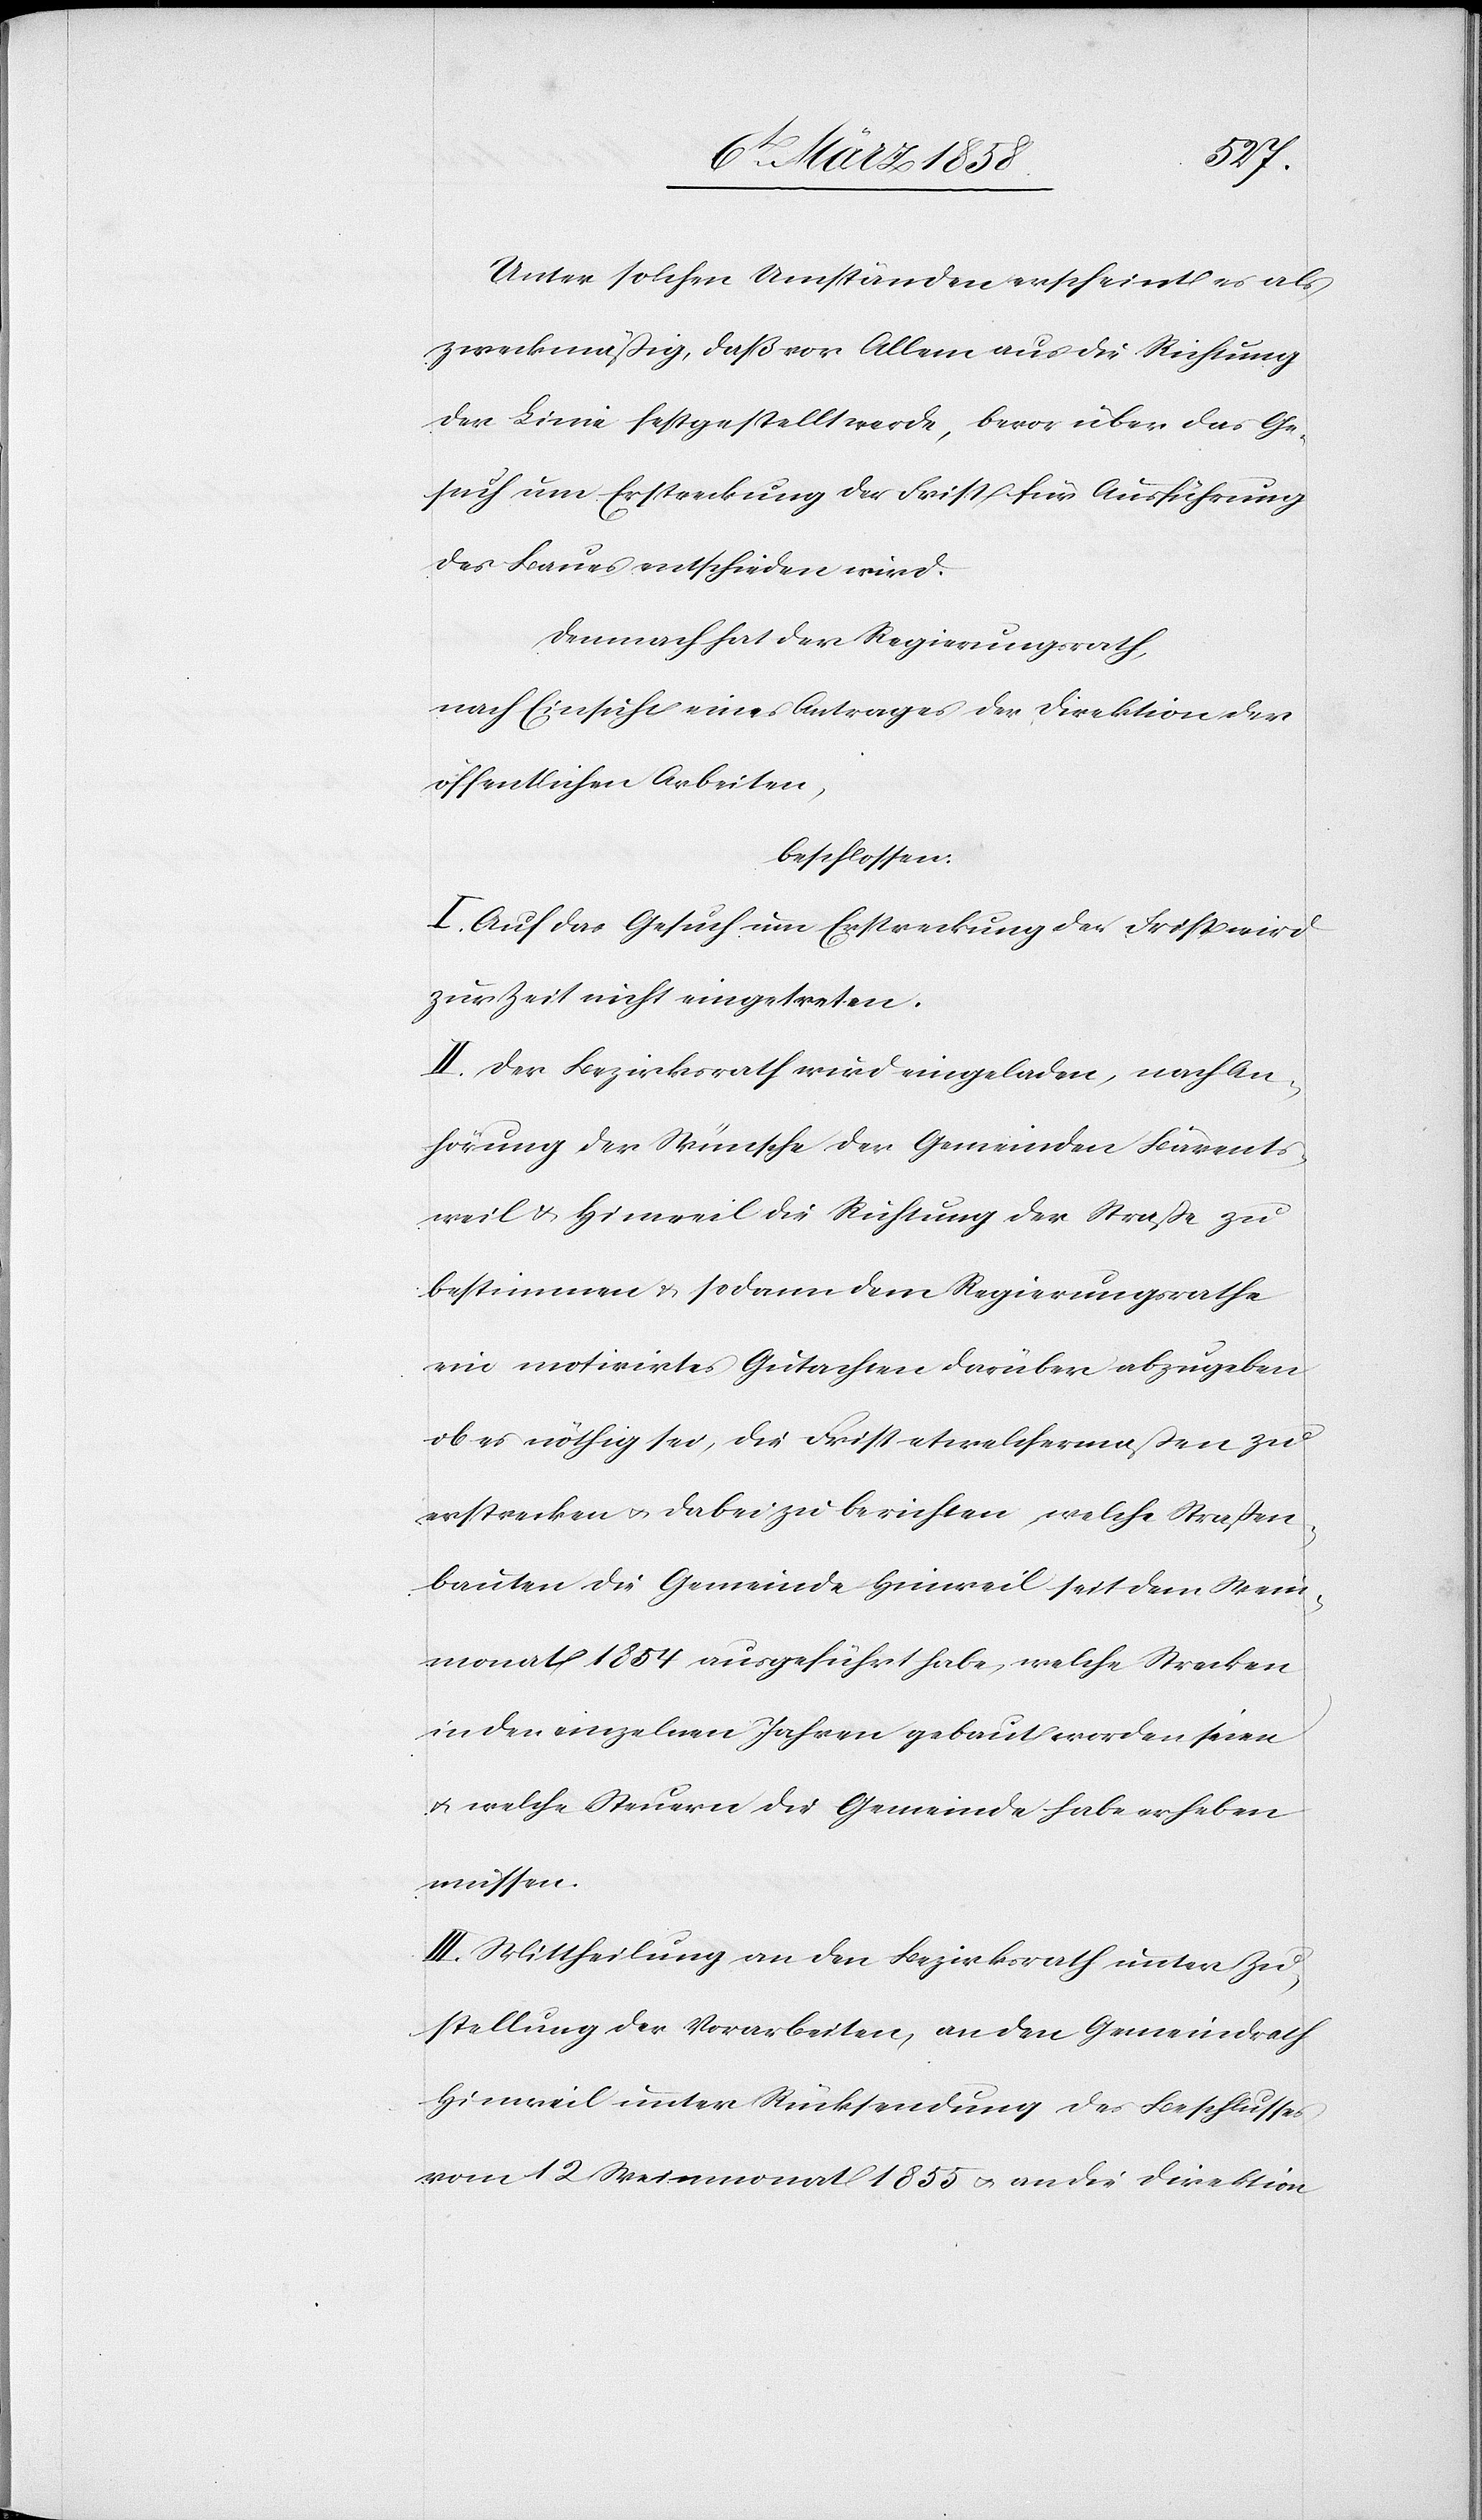
Unter solchen Umständen erscheint es als
zweckmäßig, daß vor Allem aus dieser Richtung
der Linie festgestellt wird, bevor über das Ge¬
such um Erstreckung der Frist für Ausführung
des Baues entschieden wird.
Demnach hat der Regierungsrath,
nach Einsicht eines Antrages der Direktion der
öffentlichen Arbeiten,
beschlossen:
I. Auf das Gesuch um Erstreckung der Frist wird
zur Zeit nicht eingetreten.
II. Der Bezirksrath wird eingeladen, nach An¬
hörung der Wünsche der Gemeinden Bärents¬
weil u. Hinweil die Richtung der Straße zu
bestimmen u. sodann dem Regierungsrathe
ein motivirtes Gutachten darüber abzugeben
ob es nöthig sei, die Frist etwelchermaßen zu
erstrecken u. dabei zu berichten, welche Straßen¬
bauten die Gemeinde Hinweil seit dem Wein¬
monat 1854 ausgeführt habe, welche Strecken
in den einzelnen Jahren gebaut worden seien
u. welche Steuern die Gemeinde habe erheben
müssen.
III. Mittheilung an den Bezirksrath unter Zu¬
stellung der Vorarbeiten, an den Gemeindrath
Hinweil unter Rücksendung des Beschlusses
vom 12. Weinmonat 1855 u. an die Direktion